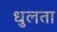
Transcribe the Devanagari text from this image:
धुलता